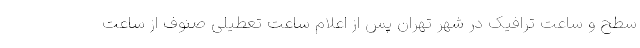
سطح و ساعت ترافیک در شهر تهران پس از اعلام ساعت تعطیلی صنوف از ساعت